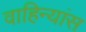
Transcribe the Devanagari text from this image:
वाहिन्यांस